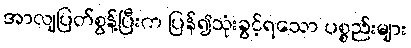
အာလျပြတ်စွန့်ပြီးက ပြန်၍သုံးခွင့်ရသော ပစ္စည်းများ